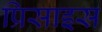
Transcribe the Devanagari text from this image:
प्रिसाइस